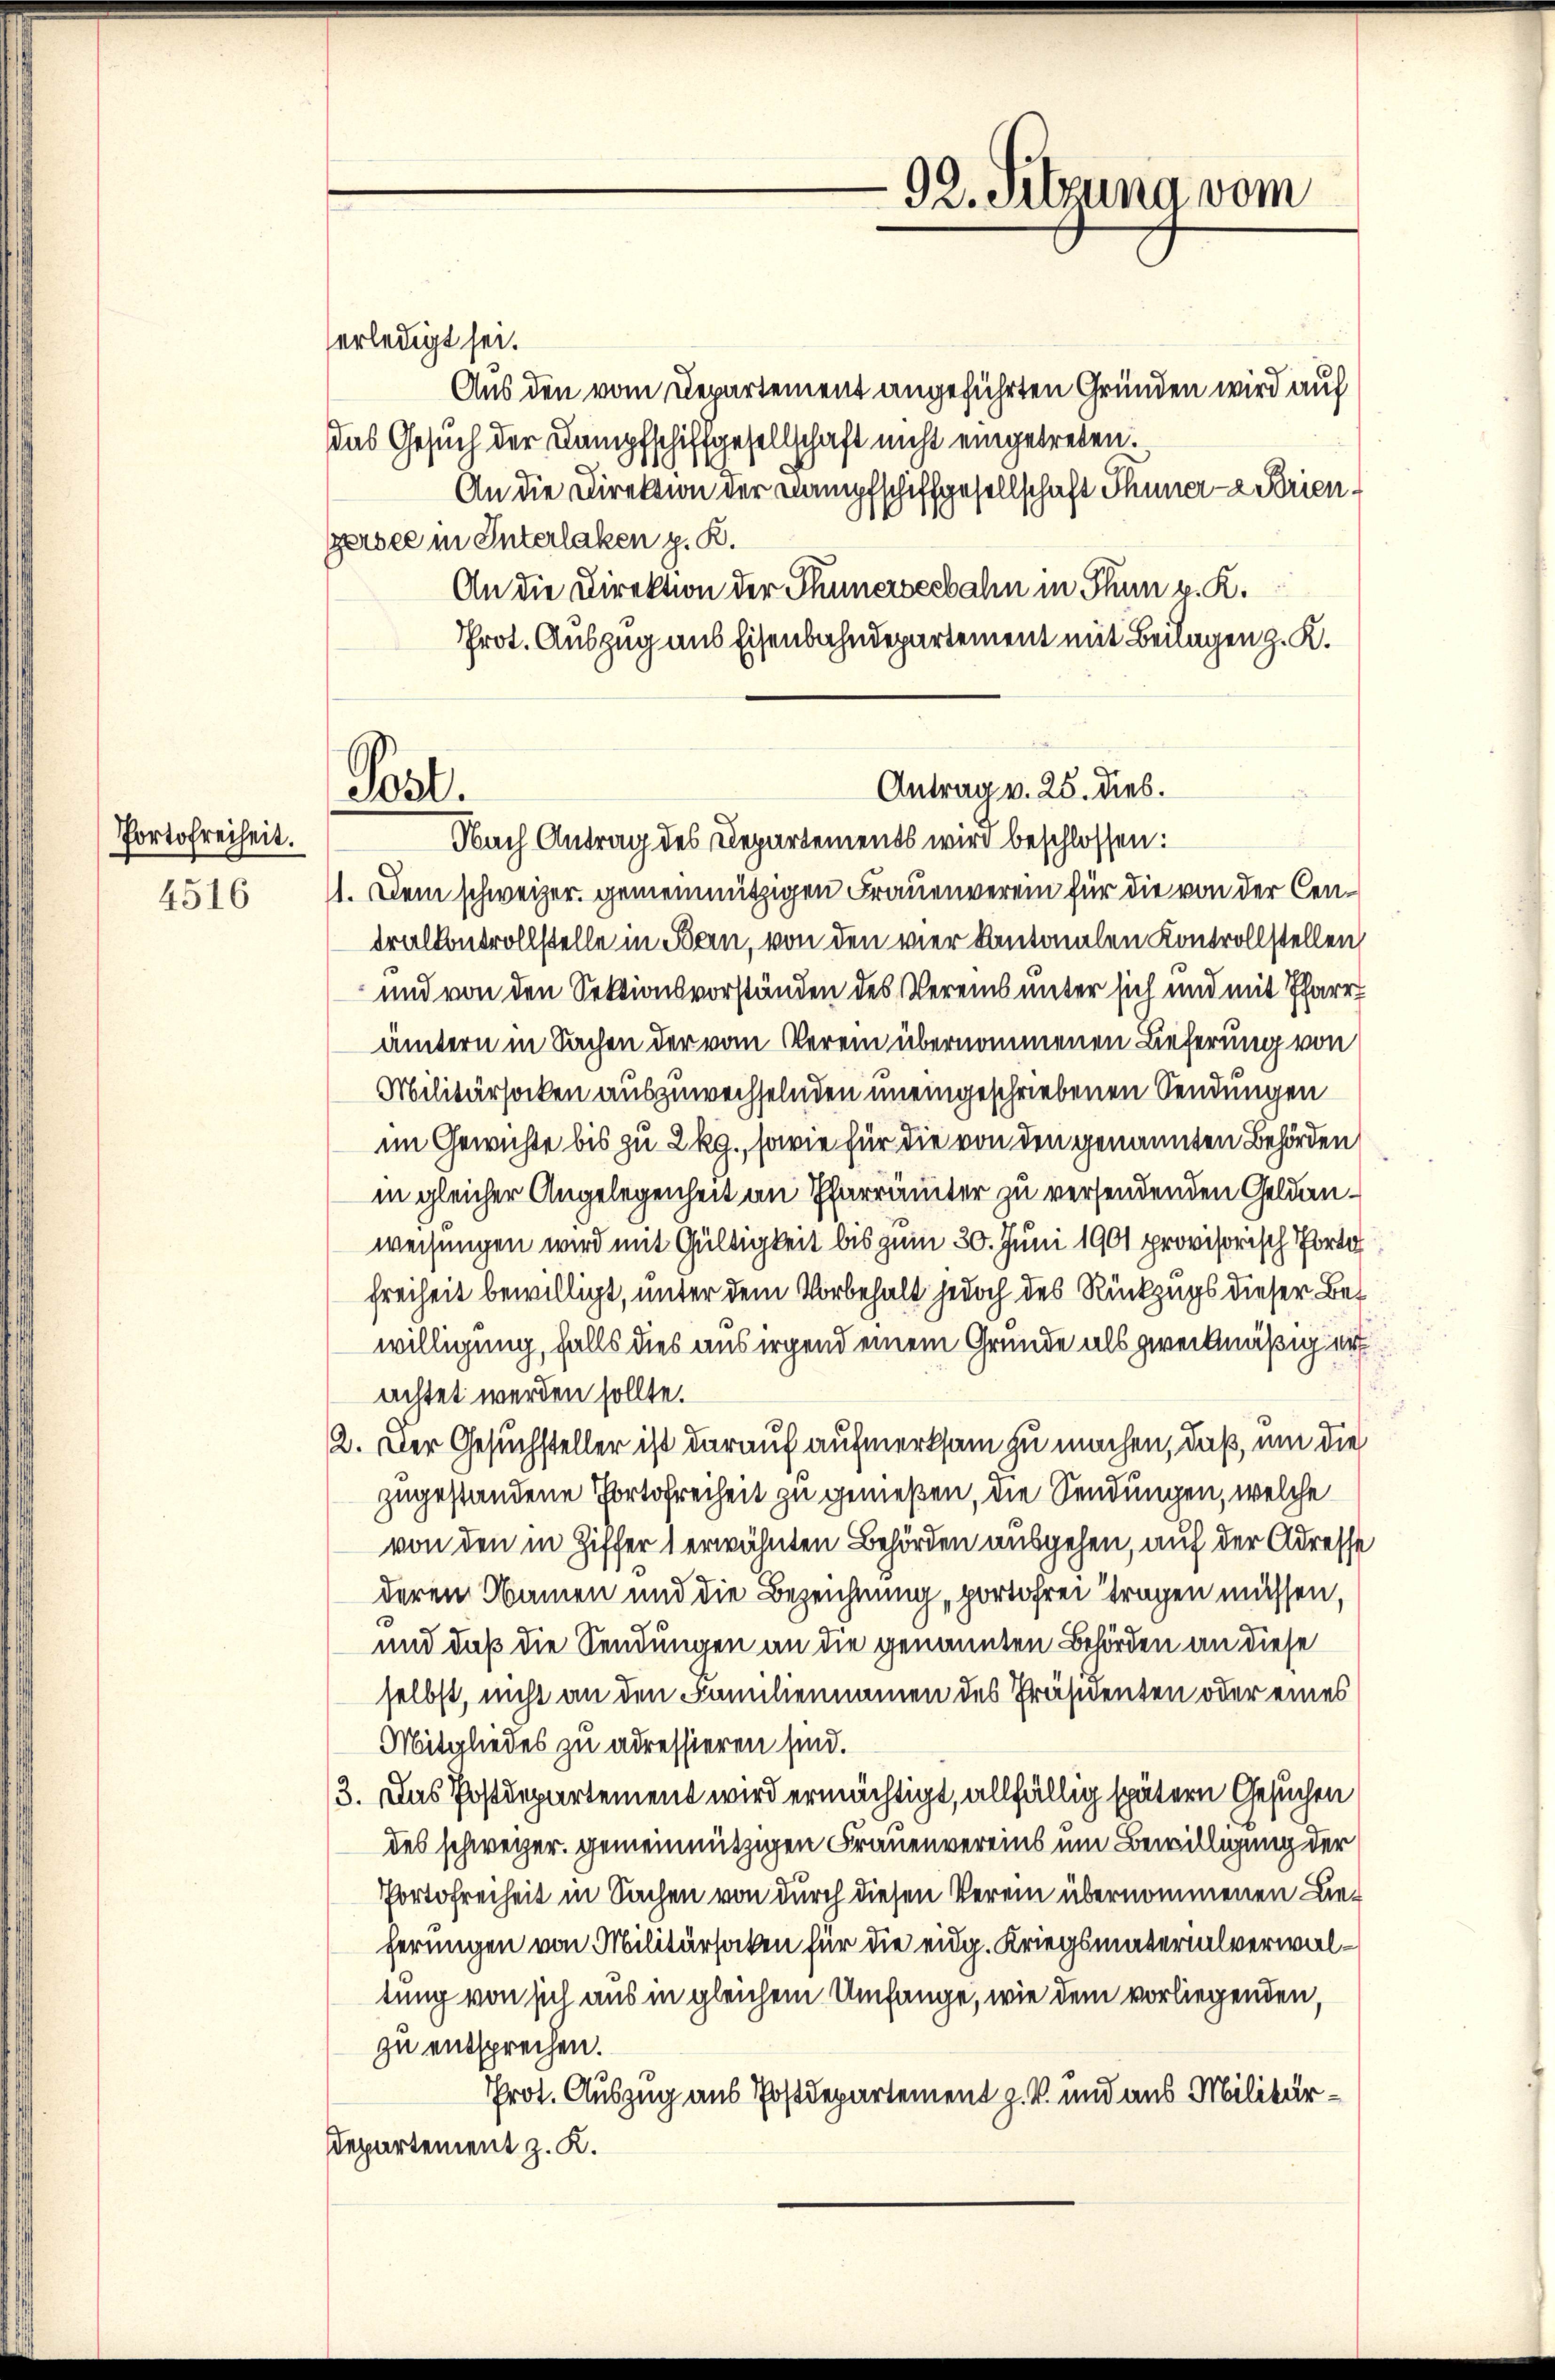
Portofreiheit.
4516

erledigt sei.

Aus den vom Departement angeführten Gründen wird auf
das Gesuch der Dampfschiffgesellschaft nicht eingetreten.
An die Direktion der Dampfschiffgesellschaft Thunere Friengersee in Interlaken z. R.
An die Direktion der Thunerseebahn in Thun v. K.
Prot. Auszug aus Eisenbahndepartement mit Beilagen z. K.

Post.

92. Sitzung vom

11. Dem schweizer. gemeinnützigen Frauenverein für die von der Centralkontrollstelle in Bern, von den vier Kantonalen Kontrollstellen
und von den Sektionsvorständen des Vereins unter sich und mit Pfarr
ämtern in Sachen der vom Verein übernommenen Lieferung von
Militärsocken auszuwechselnden uneingeschriebenen Sendungen
im Gewichte bis zu 2 kg., sowie für die von den genannten Behörden
in gleicher Angelegenheit an Pfarrämter zu versendenden Geldanweisungen wird mit Gültigkeit bis zum 30. Juni 1901 provisorisch Porto
Freiheit bewilligt, unter dem Vorbehalt jedoch des Rückzugs dieser Bewilligung, falls dies aus irgend einem Grunde als zweckmäßig erachtet werden sollte.
e
2. Der Gesuchsteller ist darauf aufmerksam zu machen, daß, um die
zugestandene Portofreiheit zu genießen, die Sendungen, welche
von den in Ziffer 1 erwähnten Behörden ausgehen, auf der Adresse
deren Namen und die Bezeichnung „portofrei tragen müssen,
d
und daß die Sendungen an die genannten Behörden an diese
selbst, nicht an den Familiennamen des Präsidenten oder eines
Mitgliedes zu adressieren sind.
3. Das Postdepartement wird ermächtigt, allfällig spätern Gesuchen
des schweizer. gemeinnützigen Frauenvereins um Bewilligung der
Portofreiheit in Sachen von durch diesen Verein übernommenen Lieherungen von Militärsocken für die eidg. Kriegsmaterialverwaltung von sich aus in gleichem Umfange, wie dem vorliegenden,
zu entsprechen.
Prot. Auszug aus Postdepartement z. B. und aus Militär¬
Departement z. K.

Antrag v. 25. dies.
Nach Antrag des Departements wird beschlossen: